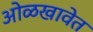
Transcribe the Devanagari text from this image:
ओळखावेत